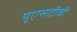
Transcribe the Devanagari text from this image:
यूएसटीवी